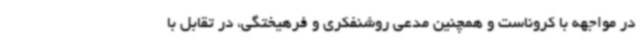
در مواجهه با کروناست و همچنین مدعی روشنفکری و فرهیختگی، در تقابل با